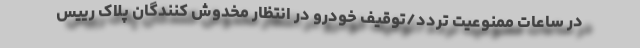
در ساعات ممنوعیت تردد/توقیف خودرو در انتظار مخدوش کنندگان پلاک رییس